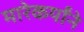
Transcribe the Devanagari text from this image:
मारेकर्यांने